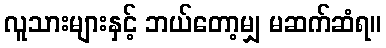
လူသားများနှင့် ဘယ်တော့မျှ မဆက်ဆံရ။